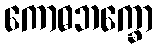
ကောဓဘက္ခော